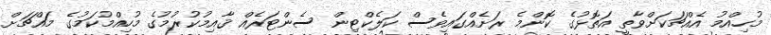
މުހިއްމު އެއްޗަކަށްވާތީ އަތޮޅުގެ ކޮންމެ ރަށެއްގައިވެސް ކަލެކްޓިން ސެންޓަރެއް ޤާއިމުކުރުމުގެ މުހިއްމުކަމުގެ މައްޗަށް